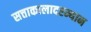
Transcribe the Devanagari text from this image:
सत्ताकालादरम्यान